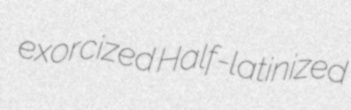
exorcized Half-latinized